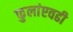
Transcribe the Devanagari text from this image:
फुलांएवढी